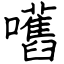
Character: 嚿